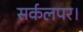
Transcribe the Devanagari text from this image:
सर्कलपर।